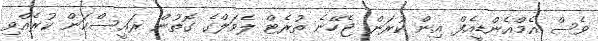
ވެސް އެމްއެންޑީއެފް އިން ކުރަން ޖެހޭނެ ތުރެޓް ލެވަލްގެ ގޮތުން ރައީސްކަން ކުރެއްވި